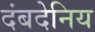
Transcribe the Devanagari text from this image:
दंबदेनिय